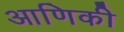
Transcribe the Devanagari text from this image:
आणिकी